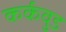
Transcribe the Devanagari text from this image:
कर्कवुड